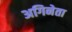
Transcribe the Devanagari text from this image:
अगिनेता